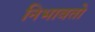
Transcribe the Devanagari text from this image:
निभावतो